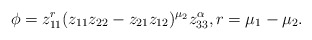
\begin{align*}\phi=z_{11}^r (z_{11}z_{22}-z_{21}z_{12})^{\mu_2}z_{33}^\alpha,r=\mu_1-\mu_2.\end{align*}